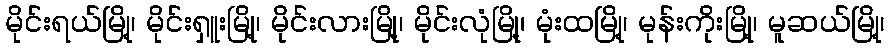
မိုင်းရယ်မြို့၊ မိုင်းရှူးမြို့၊ မိုင်းလားမြို့၊ မိုင်းလုံမြို့၊ မုံးထမြို့၊ မုန်းကိုးမြို့၊ မူဆယ်မြို့၊